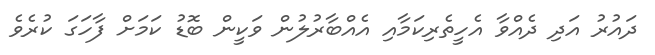
ދައުރު އަދި ދެއްވާ އެހީތެރިކަމާއި އެއްބާރުލުން ވަކީން ބޮޑު ކަމަށް ފާހަގަ ކުރެވެ